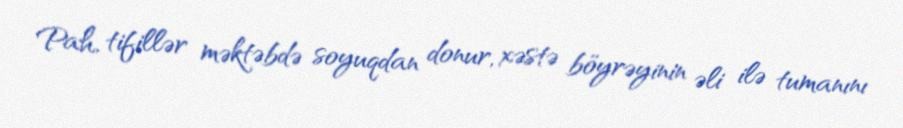
Pah, tifillər məktəbdə soyuqdan donur, xəstə böyrəyinin əli ilə tumanını